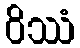
ဝိဿံ